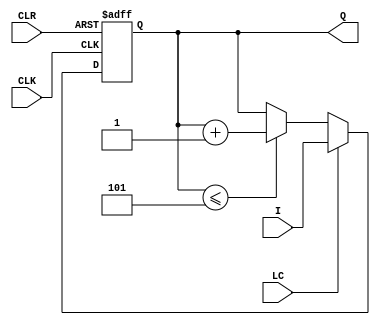
 `timescale 1ns / 1ns

module MOD6_counter_behave (I,Q,CLK,CLR,LC);   //port list identification

 input [2:0]I;                       // the external iut of the counter
 input CLK,CLR,LC;                   // the control signals of the counter
output reg [2:0] Q;                 // holds values and also the external output of the counter
                  

 always @ (posedge CLK or negedge CLR) // this executes in a loop  
begin
    if (CLR==0)                         // the clear signal takes precedence
         Q= 3'b000;                  // clear the output to 000

    else if (LC==1)                  // this loads the external input I to the output Q 
         Q<=I;
 
    else if (Q<=5)                   // the counting sequence from 0 to 5
          Q<=Q+1;    
   
    else 
          Q<=Q;   // the output Q returns to 000
end


 endmodule